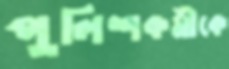
পুলিশকর্মীকে